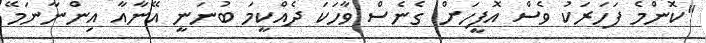
"ކޮންމެ ފަހަރަކު ވެސް އޮފީހަށް ގެނެސް ވާހަކަ ދެއްކީމަ ބުނަނީ އޭނާއާ އިންނާނަމޭ